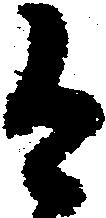
有